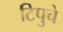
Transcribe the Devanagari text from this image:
टिपुचे